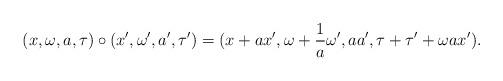
LaTeX: \begin{align*}(x,\omega, a, \tau) & \circ (x^{\prime}, \omega^{\prime}, a^{\prime}, \tau^{\prime}) = ( x + ax^{\prime}, \omega + \frac{1}{a}\omega^{\prime}, aa^{\prime}, \tau + \tau^{\prime} + \omega a x^{\prime} ).\end{align*}